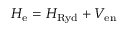
H _ { \mathrm { e } } = H _ { \mathrm { R y d } } + V _ { \mathrm { e n } }